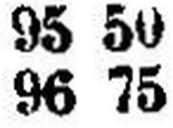
96 75